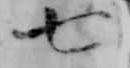
七